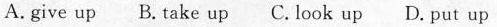
A. give up B. Take up C. Look up D. Put up